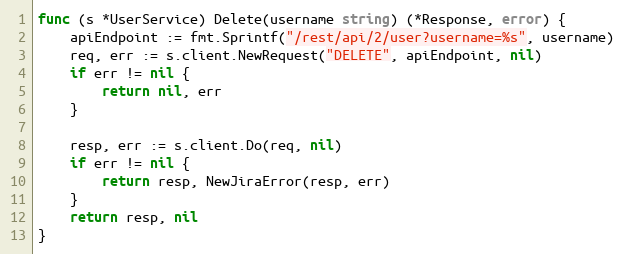
Language: Go
func (s *UserService) Delete(username string) (*Response, error) {
	apiEndpoint := fmt.Sprintf("/rest/api/2/user?username=%s", username)
	req, err := s.client.NewRequest("DELETE", apiEndpoint, nil)
	if err != nil {
		return nil, err
	}

	resp, err := s.client.Do(req, nil)
	if err != nil {
		return resp, NewJiraError(resp, err)
	}
	return resp, nil
}